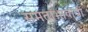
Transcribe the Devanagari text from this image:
समताभावाची